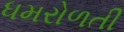
ધમરોળતી